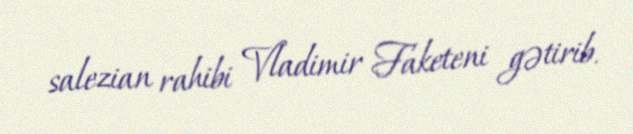
salezian rahibi Vladimir Faketeni gətirib.